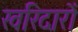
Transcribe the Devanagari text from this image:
खरिदारों